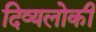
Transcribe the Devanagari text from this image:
दिव्यलोकी